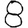
Digit: 8